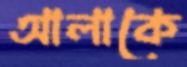
আলাকে